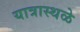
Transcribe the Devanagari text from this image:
यात्रास्थळे